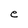
Character: e